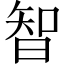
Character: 智